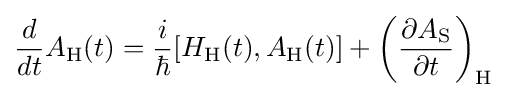
{\frac {d}{dt}}A_{\text{H}}(t)={\frac {i}{\hbar }}[H_{\text{H}}(t),A_{\text{H}}(t)]+\left({\frac {\partial A_{\text{S}}}{\partial t}}\right)_{\text{H}}